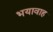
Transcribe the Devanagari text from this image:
भयावाह